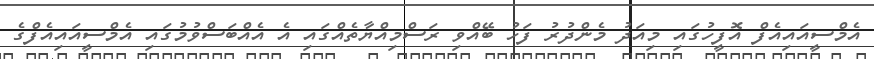
އެމްސީއައިއެފް އޮފީހުގައި މިއަދު މެންދުރު ފަހު ބޭއްވި ރަސްމިއްޔާތެއްގައި އެ އެއްބަސްވުމުގައި އެމްސީއައިއެފްގެ